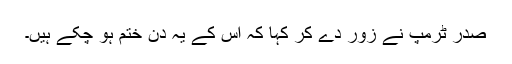
صدر ٹرمپ نے زور دے کر کہا کہ اس کے یہ دن ختم ہو چکے ہیں۔